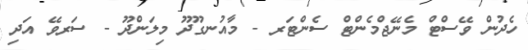
ހެދުން ވޭސްޓް މެނޭޖްމެންޓް ސެންޓަރ - މާއުނގޫދޫ މިލަންދޫ - ސަރވޭ އަދި